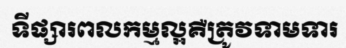
ទីផ្សារពលកម្មល្អគឺត្រូវទាមទារ